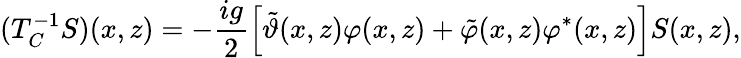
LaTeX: (T_{C}^{-1}S)(x,z)=-\frac{ig}{2}\left\lbrack\tilde{\vartheta}(x,z)\varphi(x,z)+\tilde{\varphi}(x,z)\varphi^{\ast}(x,z)\right\rbrack S(x,z),